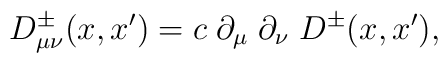
D_{\mu \nu}^{\pm}(x,x')=c\; \partial_\mu \; \partial_\nu \;D^{\pm}(x,x'),